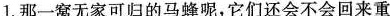
1.那一窝无家可归的马蜂呢，它们还会不会回来重